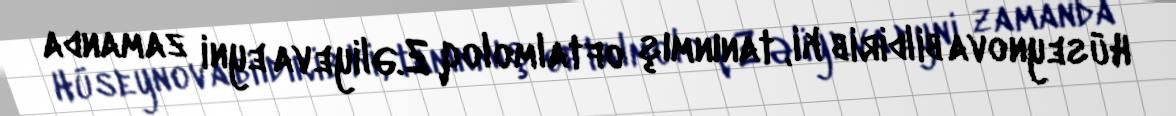
Hüseynova bildirib ki, tanınmış oftalmoloq Z.Əliyeva eyni zamanda